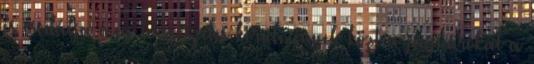
és csodálja meg természetes körülmények közt a jaguárokat a